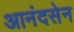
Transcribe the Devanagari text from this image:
आनंदसेन